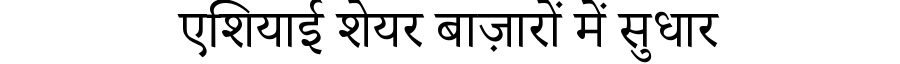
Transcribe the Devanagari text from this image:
एशियाई शेयर बाज़ारों में सुधार